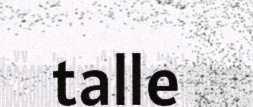
talle